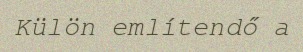
Külön említendő a